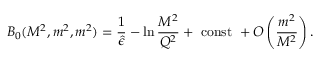
B _ { 0 } ( M ^ { 2 } , m ^ { 2 } , m ^ { 2 } ) = { \frac { 1 } { \hat { \epsilon } } } - \ln { \frac { M ^ { 2 } } { Q ^ { 2 } } } + ~ \mathrm { c o n s t } ~ + { \cal O } \left( { \frac { m ^ { 2 } } { M ^ { 2 } } } \right) .